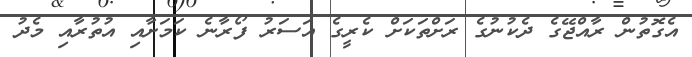
އެގޮތުން ރާއްޖޭގެ ދެކުނުގެ ރަށްތަކަށް ކެރީގެ އަސަރު ފޯރާނެ ކަމަށާއި އުތުރާއި މެދު